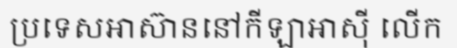
ប្រទេសអាស៊ាននៅកីឡាអាស៊ី លើក